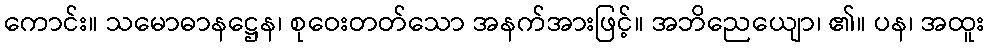
ကောင်း။ သမောဓာနဋ္ဌေန၊ စုဝေးတတ်သော အနက်အားဖြင့်။ အဘိညေယျော၊ ၏။ ပန၊ အထူး